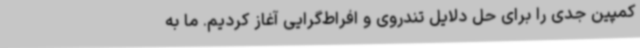
کمپین جدی را برای حل دلایل تندروی و افراط‌گرایی آغاز کردیم. ما به